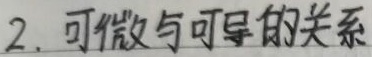
2. 可微与可导的关系